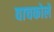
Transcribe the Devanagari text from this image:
वाचकोले